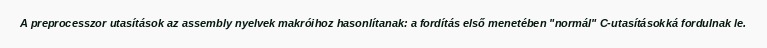
A preprocesszor utasítások az assembly nyelvek makróihoz hasonlítanak: a fordítás első menetében "normál" C-utasításokká fordulnak le.